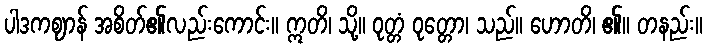
ပါဒကဈာန် အစိတ်၏လည်းကောင်း။ ဣတိ၊ သို့။ ဝုတ္တံ ဝုတ္တော၊ သည်။ ဟောတိ၊ ၏။ တနည်း။